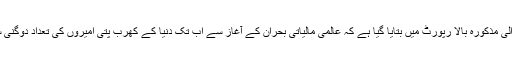
جمعرات کو شائع ہونے والی مذکورہ بالا رپورٹ میں بتایا گیا ہے کہ عالمی مالیاتی بحران کے آغاز سے اب تک دنیا کے کھرب پتی امیروں کی تعداد دوگنی سے بھی زیادہ ہوگئی ہے۔